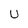
Character: u